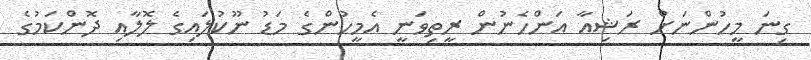
ގިނަ މީހުންނަށް ރަޝިއާ އަންހެނުން ރީތިވަނީ އެމީހުންގެ މަޑު ނޫކުލައިގެ ލޮލާއި ދޮންކަމުގެ